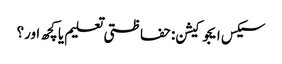
سیکس ایجوکیشن: حفاظتی تعلیم یا کچھ اور؟